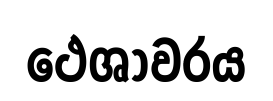
ථෙශාවරය